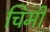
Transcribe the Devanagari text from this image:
चिमी